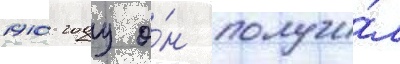
1910 году о́н получи́л